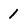
Character: 1